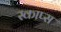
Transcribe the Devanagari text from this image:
स्काप्स